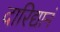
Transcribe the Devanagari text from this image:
दारिद्यानं